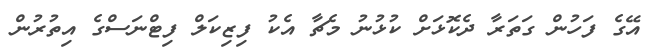
އޭގެ ފަހުން ގަތަރާ ދެކޮޅަށް ކުޅުނު މެޗާ އެކު ފިޒިކަލް ފިޓްނަސްގެ އިތުރުން